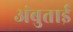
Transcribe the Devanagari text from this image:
अंबुताई